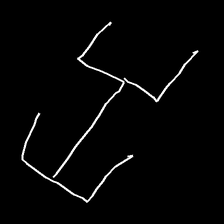
Glyph: entwine